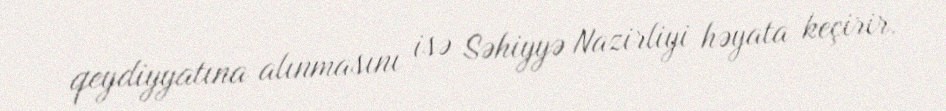
qeydiyyatına alınmasını isə Səhiyyə Nazirliyi həyata keçirir.